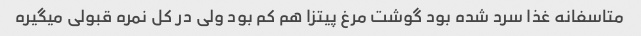
متاسفانه غذا سرد شده بود گوشت مرغ پیتزا هم کم بود ولی در کل نمره قبولی میگیره